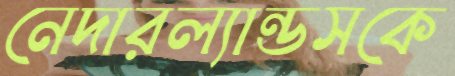
নেদারল্যান্ডসকে